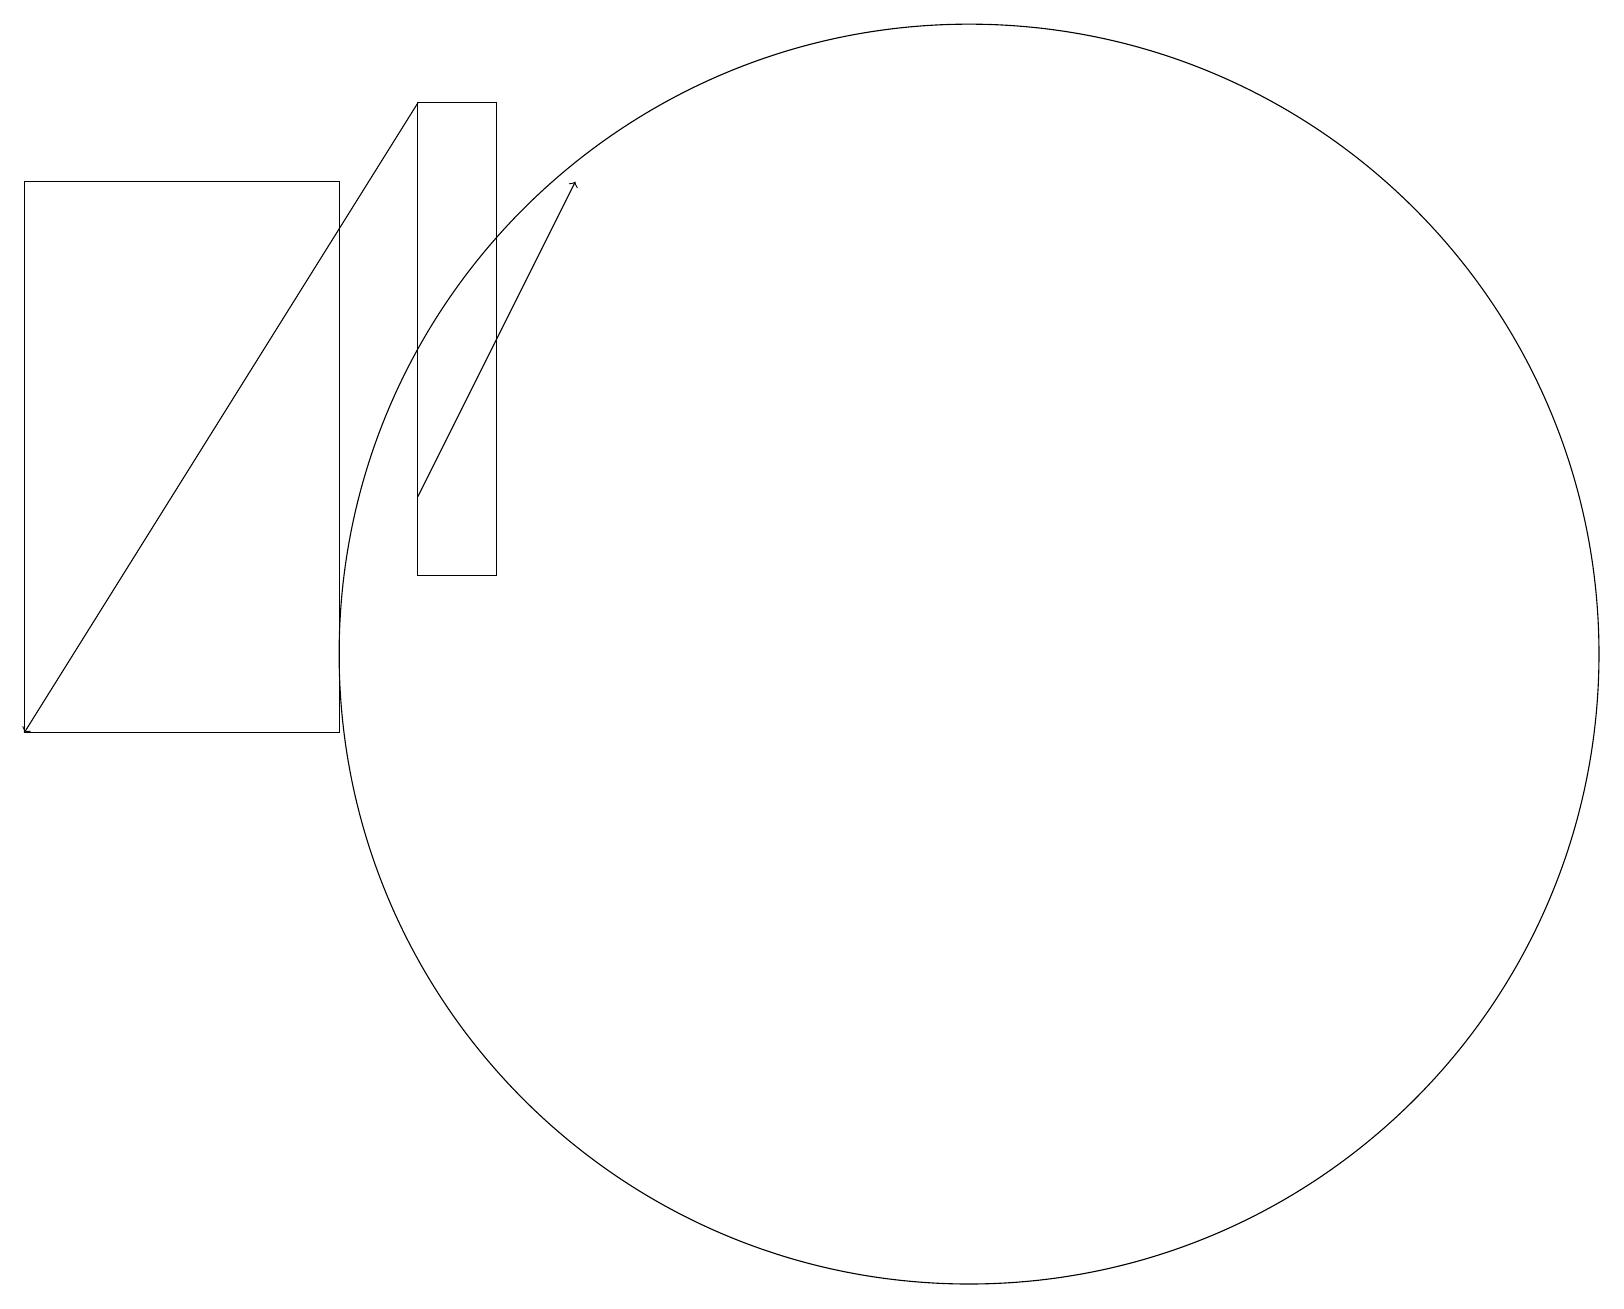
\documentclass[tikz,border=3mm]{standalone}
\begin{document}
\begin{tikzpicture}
\draw (6,13) rectangle (5,19);
\draw (12,12) circle (8);
\draw (4,18) rectangle (0,11);
\draw[->] (5,14) -- (7,18);
\draw[->] (5,19) -- (0,11);
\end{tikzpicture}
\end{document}